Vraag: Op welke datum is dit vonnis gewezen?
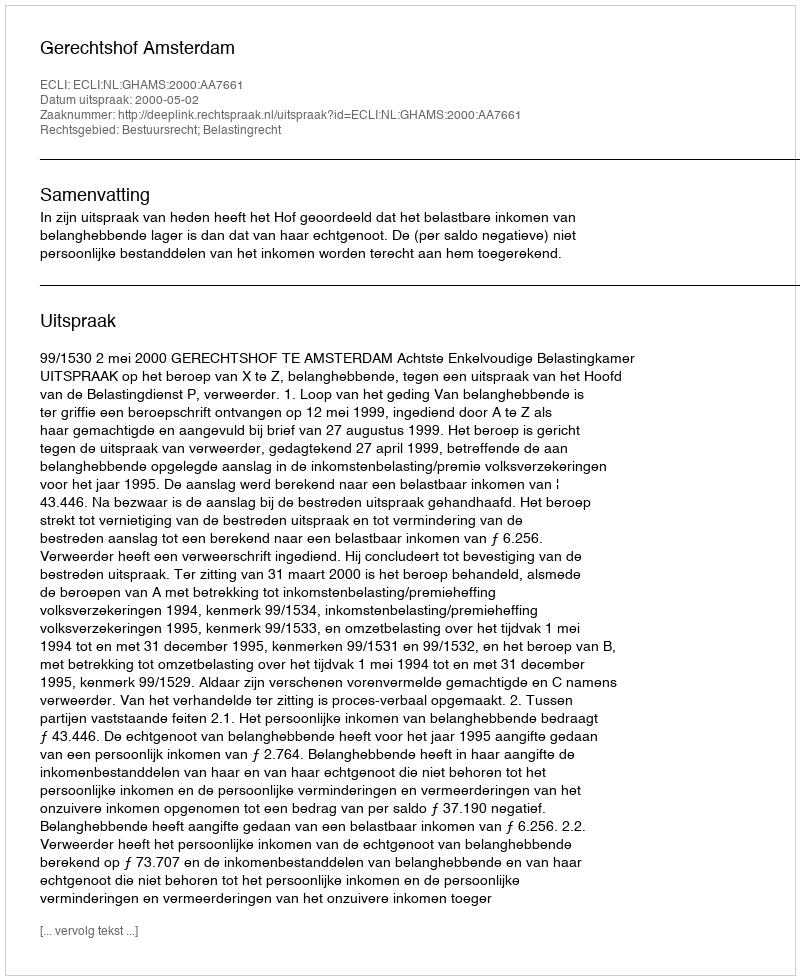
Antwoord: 2000-05-02